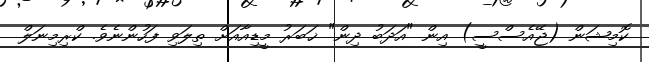
ކޮމިޝަން (ޖޭއެސްސީ) އިން "އަދަބު ދިން" ޚަބަރު މީޑިއާއަށް ތިލަވި ފަހުންނެވެ. ކްރިމިނަލް